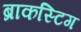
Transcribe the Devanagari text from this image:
ब्राकस्टिग